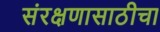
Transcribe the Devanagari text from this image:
संरक्षणासाठीचा